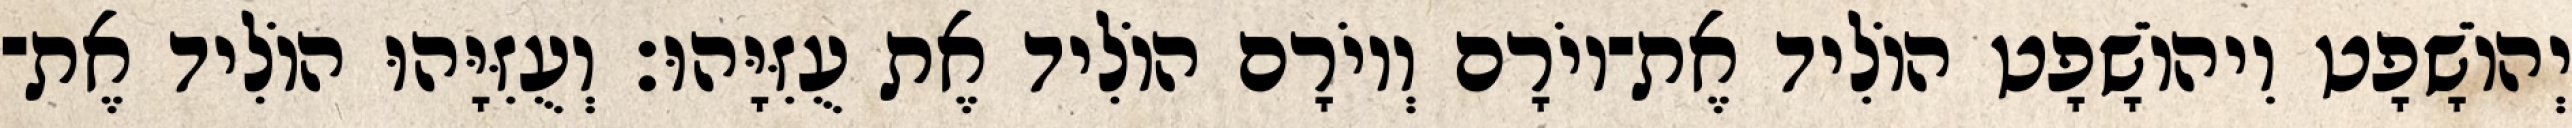
יְהוֹשָׁפָט וִיהוֹשָׁפָט הוֹלִיד אֶת־יוֹרָם וְיוֹרָם הוֹלִיד אֶת עֻזִּיָּהוּ׃ וְעֻזִּיָּהוּ הוֹלִיד אֶת־